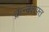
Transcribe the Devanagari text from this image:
क्रन्क्शफ़्त